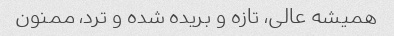
همیشه عالی، تازه و بریده شده و ترد، ممنون